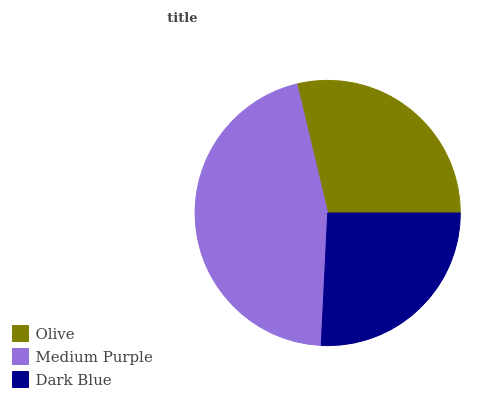
| Olive | Medium Purple | Dark Blue |
 | --- | --- | --- |
 | 28.7% | 45.5% | 25.8% |